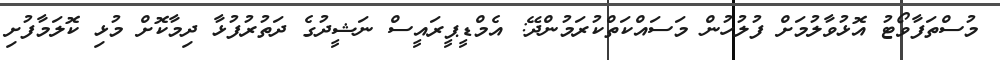
މުސްތަފާވޯޓު އޮޅުވާލުމަށް ފުލުހުން މަސައްކަތްކުރަމުންދޭ: އެމްޑީޕީރައީސް ނަޝީދުގެ ދަތުރުފުޅާ ދިމާކޮށް މުޅި ކޮލަމާފުށި